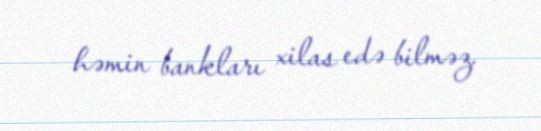
həmin bankları xilas edə bilməz.